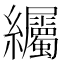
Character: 䌵